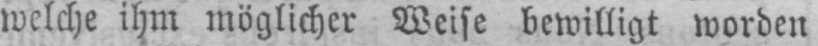
welche ihm möglicher Weise bewilligt worden